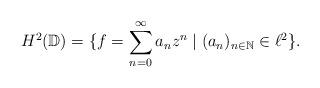
LaTeX: \begin{align*}H^2(\mathbb{D}) = \{f =\sum_{n=0}^{\infty} a_n z^n \mid (a_n)_{n\in\mathbb{N}} \in \ell^2\}.\end{align*}